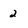
Character: 2